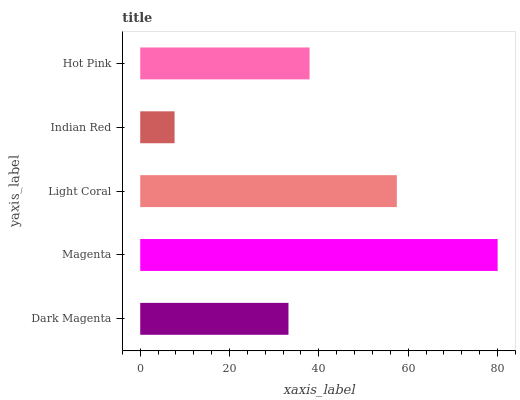
| yaxis_label | bars |
 | --- | --- |
 | Dark Magenta | 33.2 |
 | Magenta | 80 |
 | Light Coral | 57.5 |
 | Indian Red | 7.69 |
 | Hot Pink | 37.9 |